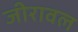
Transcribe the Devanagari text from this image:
जीरावल